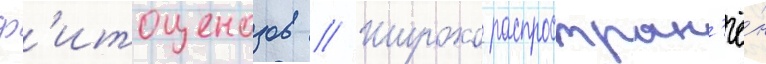
ф'итоценозов // Широко распростран'ё́н